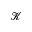
\mathcal { K }